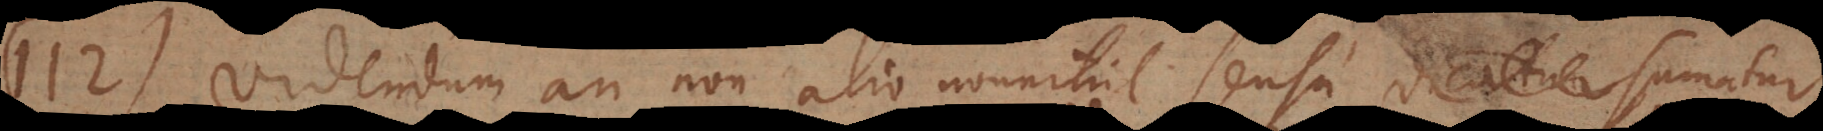
112) Videndum an non alio nonnihil sensu sumatur